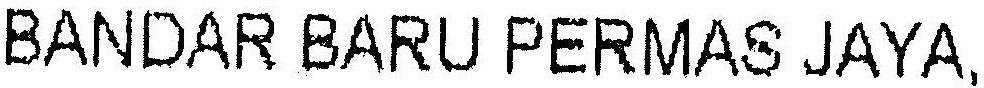
BANDAR BARU PERMAS JAYA,